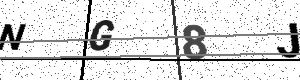
Text: NG8J